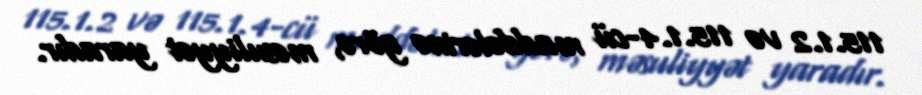
115.1.2 və 115.1.4-cü maddələrinə görə, məsuliyyət yaradır.